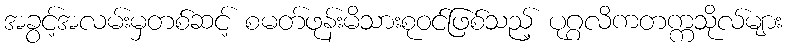
အခွင့်အလမ်းမှတစ်ဆင့် စမတ်ဖုန်းမိသားစုဝင်ဖြစ်သည့် ပုဂ္ဂလိကတက္ကသိုလ်များ